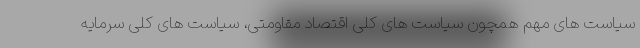
سیاست های مهم همچون سیاست های کلی اقتصاد مقاومتی، سیاست های کلی سرمایه